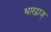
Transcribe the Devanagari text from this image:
भारद्वाज्